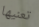
تعنيها